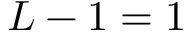
L - 1 = 1